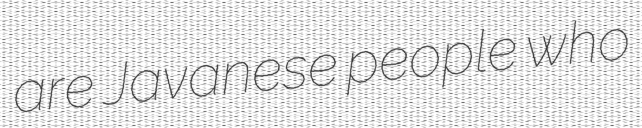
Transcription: are Javanese people who